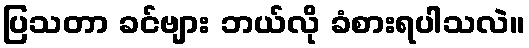
ပြသတာ ခင်ဗျား ဘယ်လို ခံစားရပါသလဲ။